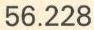
56.228